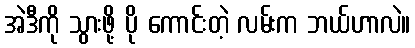
အဲဒီကို သွားဖို့ ပို ကောင်းတဲ့ လမ်းက ဘယ်ဟာလဲ။